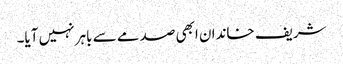
شریف خاندان ابھی صدمے سے باہر نہیں آیا۔